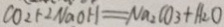
C O _ { 2 } + 2 N a O H = N a _ { 2 } C O _ { 3 } + H _ { 2 } O